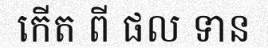
កើត ពី ផល ទាន